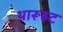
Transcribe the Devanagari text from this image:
थारूहट